Report on lock hospitals in British Burma
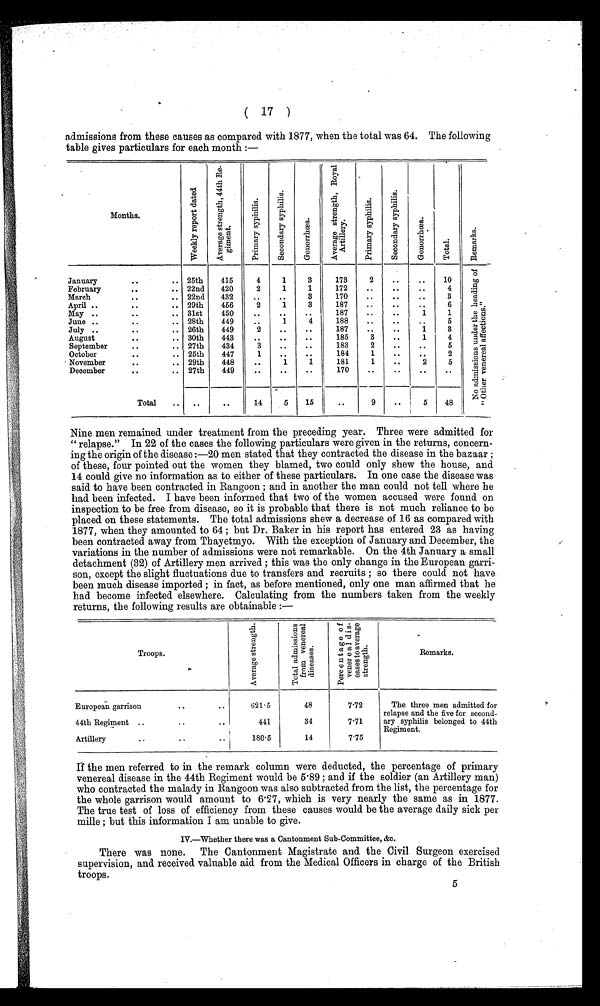
( 17 )
admissions from these causes as compared with 1877, when the total was 64. The following
table gives particulars for each month :—
Months.
W e e k l y r e p o r t d a t e d .
A v e r a g e s t r e n g t h , 4 4 t h R e -
g i m e n t .
P r i m a r y s y p h i l i s .
S e c o n d a r y s y p h i l i s .
G o n o r r h œ a .
A v e r a g e s t r e n g t h , R o y a l
A r t i l l e r y .
P r i m a r y s y p h i l i s .
S e c o n d a r y s y p h i l i s .
G o n o r r h œ a .
T o t a l .
R e m a r k s .
January
. .
. . 25th
415
4
1
3
173
2
..
..
10
N o a d m i s s i o n s u n d e r t h e h e a d i n g o f
" O t h e r v e n e r a l a f f e c t i o n s . "
February
. .
.. 22nd
420
2
1
1
172
..
..
..
4
March
. .
.. 22nd
432
. .
. .
3
170
. . . .
..
..
3
April ..
. .
.. 29th
456
2
1
3
187
..
..
..
6
May..
..
.. 31st
450
..
..
. .
187
. . . .
..
1
1
June ..
. .
.. 28th
449
..
1
4
188
...
..
. . .
5
July ..
..
.. 26th
449
2
. .
. .
187
..
..
1
3
August
. .
.. 30th
443
..
..
..
185
3
..
1
4
September
..
.. 27th
434
3
. .
. .
183
2
. .
. .
5
October
. .
.. 25th
447
1
. .
. .
184
1
. .
. .
2
November
. .
.. 29th
448
..
1
1
181
1
..
2
5
December
. .
.. 27th
449
..
..
. .
170
..
..
..
..
Total
..
..
. .
14 5
15
..
9
..
5
48
Nine men remained under treatment from the preceding year. Three were admitted for
" relapse." In 22 of the cases the following particulars were given in the returns, concern-
ing the origin of the disease :-20 men stated that they contracted the disease in the bazaar ;
of these, four pointed out the women they blamed, two could only shew the house, and
14 could give no information as to either of these particulars. In one case the disease was
said to have been contracted in Rangoon ; and in another the man could not tell where he
had been infected. I have been informed that two of the women accused were found on
inspection to be free from disease, so it is probable that there is not much reliance to be
placed on these statements. The total admissions shew a decrease of 16 as compared with
1877, when they amounted to 64 ; but Dr. Baker in his report has entered 23 as having
been contracted away from Thayetmyo. With the exception of January and December, the
variations in the number of admissions were not remarkable. On the 4th January a small
detachment (32) of Artillery men arrived ; this was the only change in the European garri-
son, except the slight fluctuations due to transfers and recruits ; so there could not have
been much disease imported ; in fact, as before mentioned, only one man affirmed that he
had become infected elsewhere. Calculating from the numbers taken from the weekly
returns, the following results are obtainable :—
Troops.
A v e r a g e s t r e n g t h .
T o t a l a d m i s s i o n s
f r o m v e n e r e a l
d i s e a s e s .
Percent age of
venereal di s-
e a s e s t o a v e r a g e s t r e n g t h .
Remarks.
European garrison
..
..
621 . 5
48
7.72
The three men admitted for
relapse and the five for second-
ary syphilis belonged to 44th
Regiment.
44th Regiment ..
..
441
34
7.71
Artillery
..
. .
..
180.5
14
7.75
If the men referred to in the remark column were deducted, the percentage of primary
venereal disease in the 44th Regiment would be 5.89 ; and if the soldier (an Artillery man)
who contracted the malady in Rangoon was also subtracted from the list, the percentage for
the whole garrison would amount to 6.27, which is very nearly the same as in 1877.
The true test of loss of efficiency from these causes would be the average daily sick per
mille ; but this information I am unable to give.
IV.—Whether there was a Cantonment Sub-Committee, &c.
There was none. The Cantonment Magistrate and the Civil Surgeon exercised
supervision, and received valuable aid from the Medical Officers in charge of the British
troops.
5